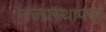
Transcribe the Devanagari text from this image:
राज्यस्थापना